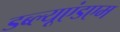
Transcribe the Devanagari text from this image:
डब्ल्यूएंडएम